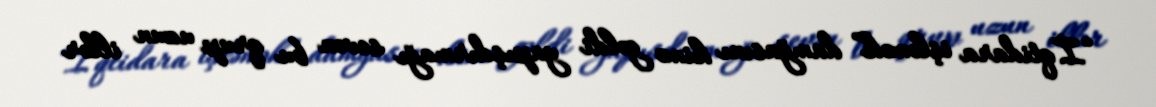
“İqtidara işləmək” damğasını kimə gəldi yapışdırmağı sevən bu qrup uzun illər